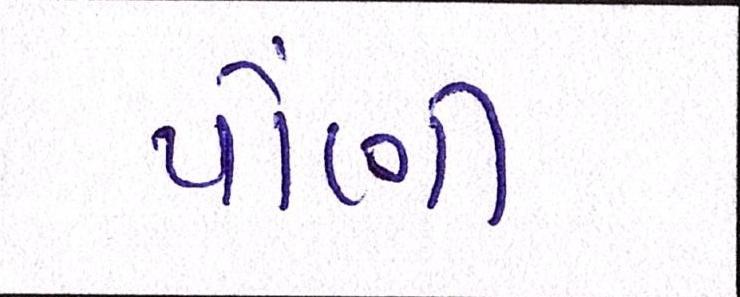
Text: પોંણી